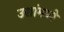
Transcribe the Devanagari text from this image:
उशांमध्ये